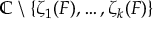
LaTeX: \mathbb { C } \setminus \{ \zeta _ { 1 } ( F ) , \ldots , \zeta _ { k } ( F ) \}